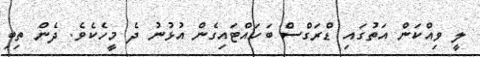
ލީ ވިއްކަން އަތުގައި ޑްރަގްސް ބަހައްޓައިގެން އުޅުނު ދެ މީހެކެވެ. ދެން ތިބި